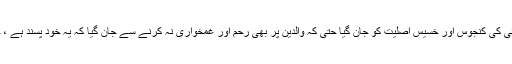
میں اپنے بھائی کی کنجوس اور خسیس اصلیت کو جان گیا حتیٰ کہ والدین پر بھی رحم اور غمخواری نہ کرنے سے جان گیا کہ یہ خود پسند ہے ، خود بین ہے ۔